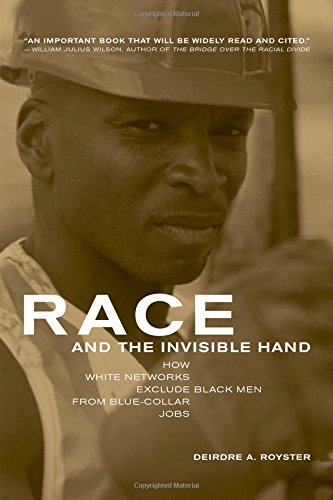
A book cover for Race and the Invisible Hand: How White Networks Exclude Black Men from Blue-Collar Jobs; Deirdre A. Royster; Business & Money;